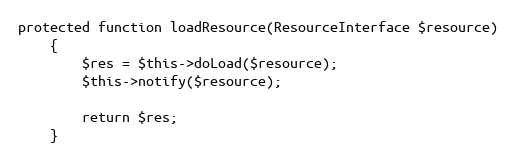
Language: PHP
protected function loadResource(ResourceInterface $resource)
    {
        $res = $this->doLoad($resource);
        $this->notify($resource);

        return $res;
    }